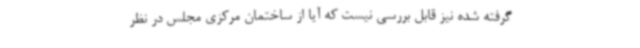
گرفته شده نیز قابل بررسی نیست که آیا از ساختمان مرکزی مجلس در نظر